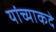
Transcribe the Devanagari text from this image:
यांच्याकदे